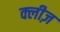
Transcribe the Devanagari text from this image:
क्लीज़